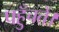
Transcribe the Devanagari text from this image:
पहुँचते।